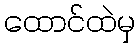
ထောင်ထဲမှ